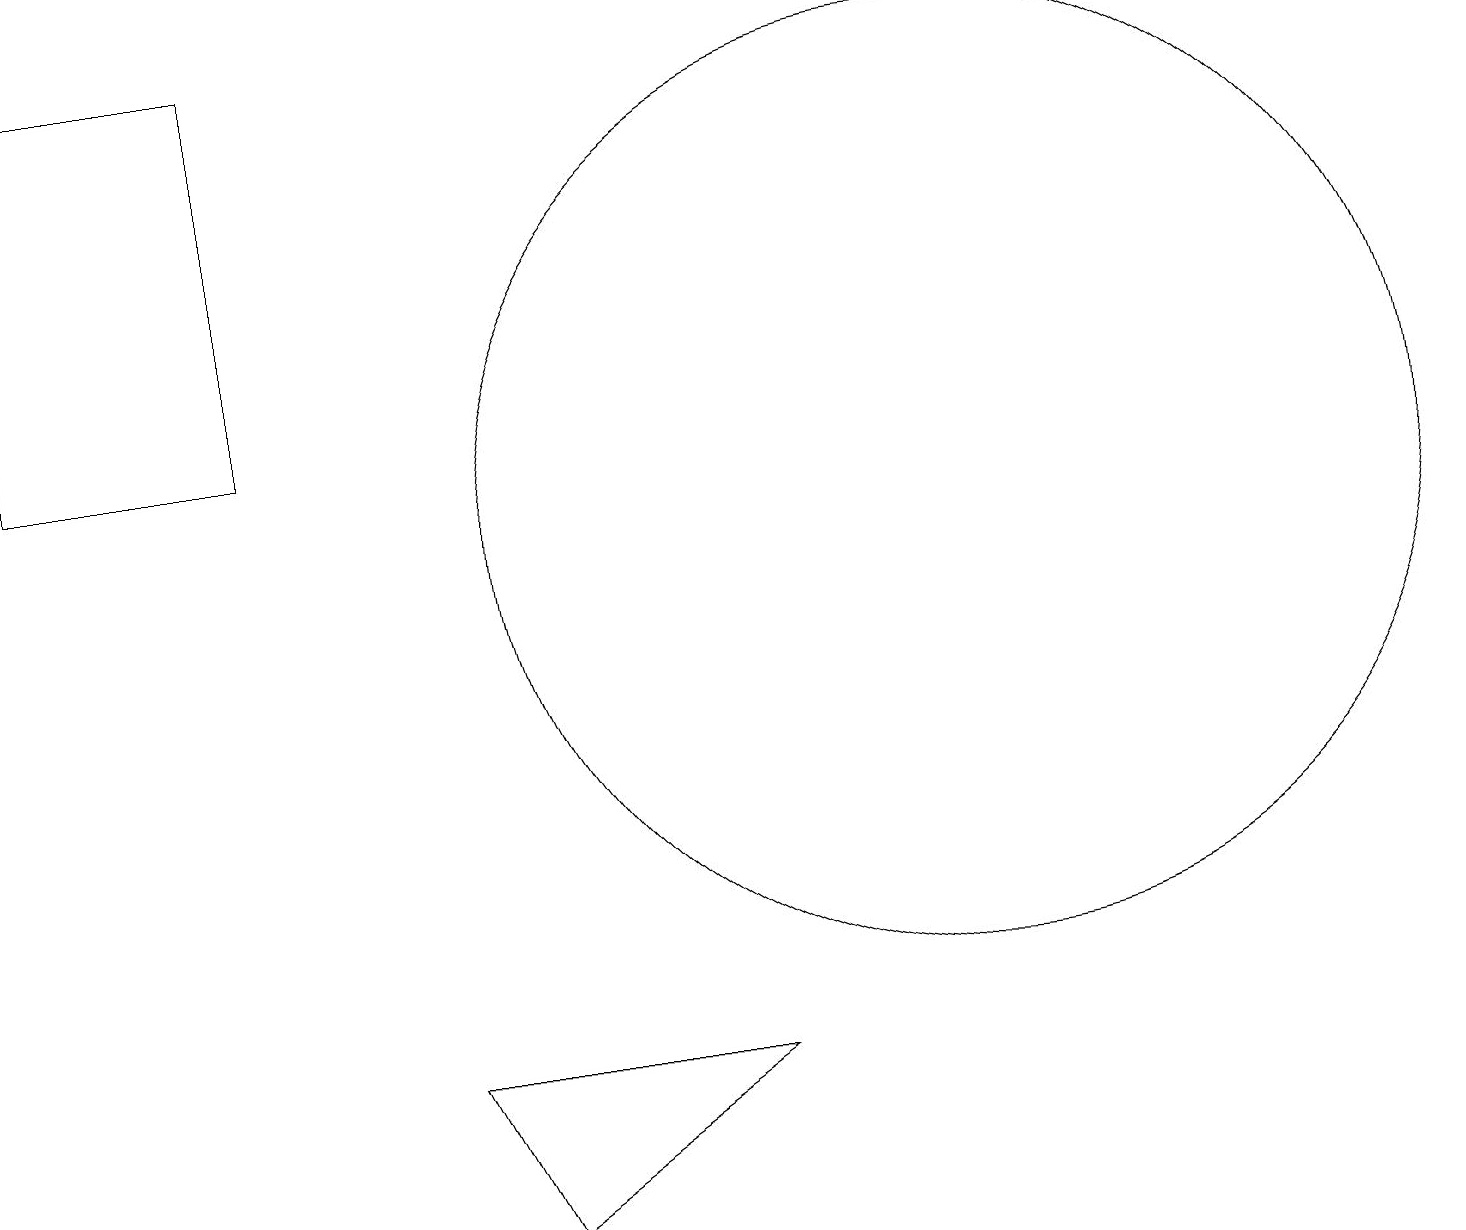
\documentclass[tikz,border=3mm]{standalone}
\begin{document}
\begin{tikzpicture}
\draw (0,17) rectangle (3,12);
\draw (6,2) -- (5,4) -- (9,4) -- cycle;
\draw (12,11) circle (6);
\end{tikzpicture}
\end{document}